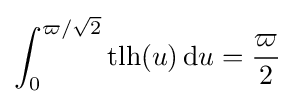
\int _{0}^{\varpi /{\sqrt {2}}}\operatorname {tlh} (u)\,\mathrm {d} u={\frac {\varpi }{2}}